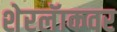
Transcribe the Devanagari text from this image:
शेरलॅाकवर